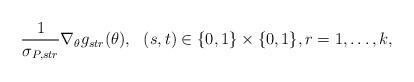
LaTeX: \begin{align*}\frac{1}{\sigma_{P,str}}\nabla_\theta g_{str}(\theta) &,~~(s,t)\in \{0,1\}\times\{0,1\},r=1,\dots,k,\end{align*}